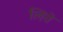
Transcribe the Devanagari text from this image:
लिवे